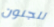
للجنون